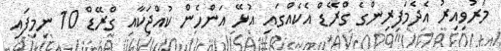
މަރުވިއިރު އެދެމަފިރިންގެ ގްރޭޑް އެކެއްގައި އުޅޭ އަންހެން ކުއްޖަކާއި ގްރޭޑް 10 ނިމިފައި